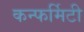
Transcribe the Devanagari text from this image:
कन्फर्मिटी